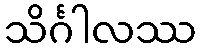
သိင်္ဂါလဿ